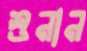
শুনান